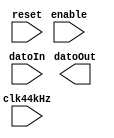
`timescale 1ns / 1ps
//////////////////////////////////////////////////////////////////////////////////
// Company: 
// Engineer: 
// 
// Design Name: 
// Module Name:    Registro_Ecualizador 
// Project Name: 
// Target Devices: 
// Tool versions: 
// Description: 
//
// Dependencies: 
//
// Revision: 
// Revision 0.01 - File Created
// Additional Comments: 
//
//////////////////////////////////////////////////////////////////////////////////
module Registro_Ecualizador #(parameter width = 4)(
	input clk44kHz,reset, enable,
	input [width-1:0] datoIn, 
	output [width-1:0] datoOut
    );
	 
	 reg [width-1:0] datoActual, datoSig;
	
	always @ (posedge clk44kHz, posedge reset)
	
		if (reset)
			begin
				datoActual <= 0;
				datoSig <= 0;
			end
		else 
			datoActual <= datoSig;
			
	always @*
	
		begin
			datoSig = datoActual;
			if (enable) 
				datoSig = datoIn;
			else
				datoSig = datoActual;
		end	
	assign dataOut = datoActual;			
			
endmodule